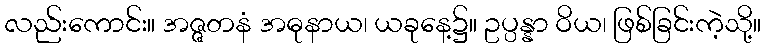
လည်းကောင်း။ အဇ္ဇတနံ အဓုနာယ၊ ယခုနေ့၌။ ဥပ္ပန္နာ ဝိယ၊ ဖြစ်ခြင်းကဲ့သို့။